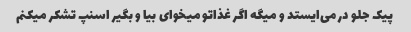
پیک جلو در می‌ایستد و میگه اگر غذاتو میخوای بیا و بگیر اسنپ تشکر میکنم